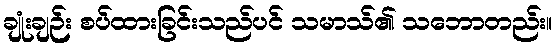
ချုံးချဉ်း စပ်ထားခြင်းသည်ပင် သမာသ်၏ သဘောတည်း။